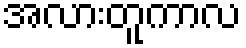
အလားတူကာလ